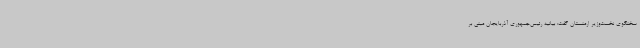
سخنگوی نخست‌وزیر ارمنستان گفت: بیانیه رئیس‌جمهوری آذربایجان مبنی بر